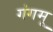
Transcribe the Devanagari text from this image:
गंगमू